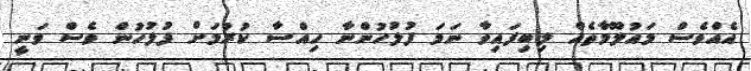
އެއްވެސް މައުލޫމާތެއް ލިބިފައިވާ ނަމަ ފުލުހުންނާ ހިއްސާ ކުރުމަށް ފުލުހުން ވެސް ވަނީ